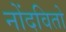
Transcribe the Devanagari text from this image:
नोंदवितो